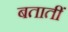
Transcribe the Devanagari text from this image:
बतातीं